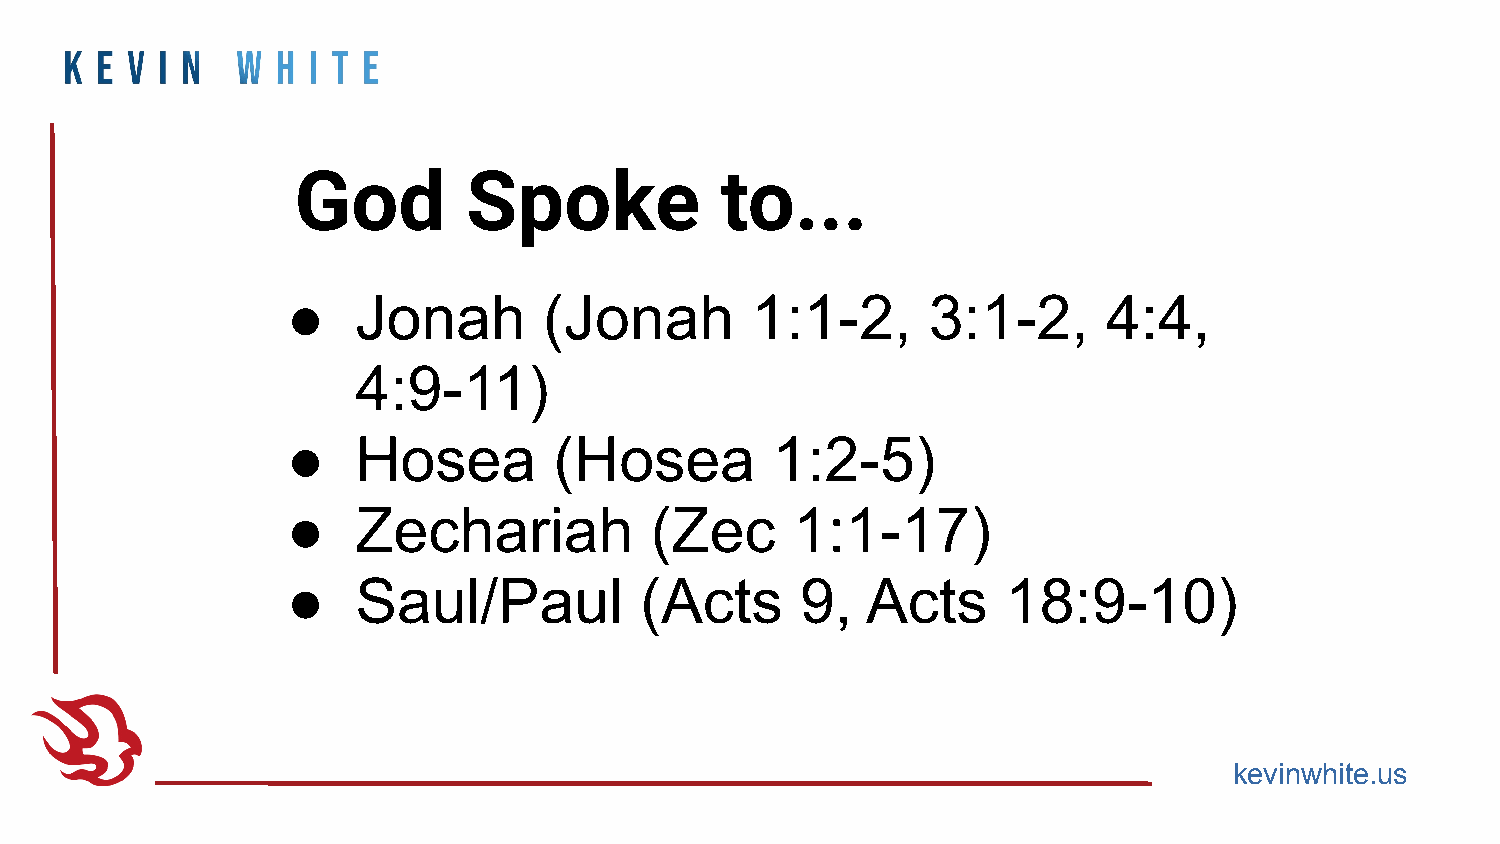
God         Spoke            to...
 ●    Jonah       (Jonah        1:1-2,     3:1-2,      4:4,
 4:9-11)
 ●    Hosea        (Hosea        1:2-5)
 ●    Zechariah          (Zec      1:1-17)
 ●    Saul/Paul         (Acts      9,  Acts      18:9-10)
 kevinwhite.us